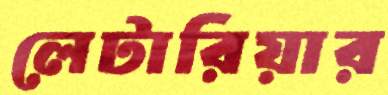
লেটারিয়ার